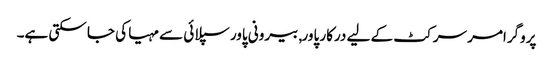
پروگرامر سرکٹ کے لیے درکار پاور, بیرونی پاور سپلائی سے مہیا کی جا سکتی ہے۔